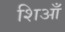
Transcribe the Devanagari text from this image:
शिआँ